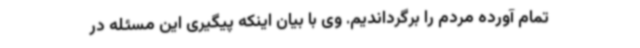
تمام آورده مردم را برگرداندیم. وی با بیان اینکه پیگیری این مسئله در